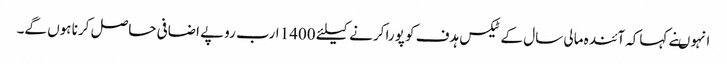
انہوںنے کہاکہ آئندہ مالی سال کے ٹیکس ہدف کو پورا کرنے کیلئے 1400 ارب روپے اضافی حاصل کرنا ہوں گے۔